Calcutta medical institutions reports 1879-81 [i.e.91]
Year: 1879
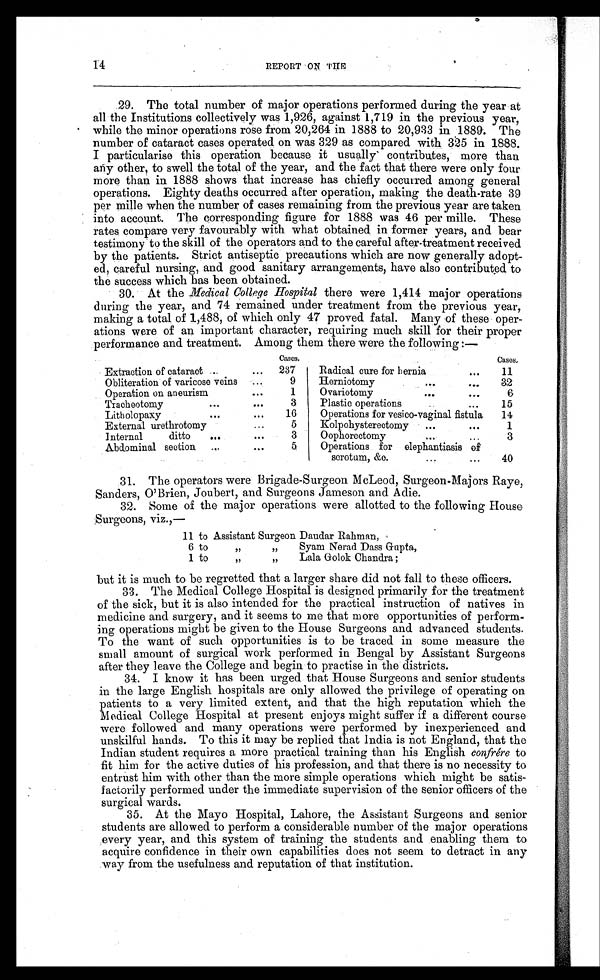
14
REPORT ON THE
29. The total number of major operations performed during the year at
all the Institutions collectively was 1,926, against 1,719 in the previous year,
while the minor operations rose from 20,264 in 1888 to 20,933 in 1889. The
number of cataract cases operated on was 329 as compared with 325 in 1888.
I particularise this operation because it usually contributes, more than
any other, to swell the total of the year, and the fact that there were only four
more than in 1888 shows that increase has chiefly occurred among general
operations. Eighty deaths occurred after operation, making the death-rate 39
per mille when the number of cases remaining from the previous year are taken
into account. The corresponding figure for 1888 was 46 per mille. These
rates compare very favourably with what obtained in former years, and bear
testimony to the skill of the operators and to the careful after-treatment received
by the patients. Strict antiseptic precautions which are now generally adopt-
ed, careful nursing, and good sanitary arrangements, have also contributed to
the success which has been obtained.
30. At the Medical College Hospital there were 1,414 major operations
during the year, and 74 remained under treatment from the previous year,
making a total of 1,488, of which only 47 proved fatal. Many of these oper-
ations were of an important character, requiring much skill for their proper
performance and treatment. Among them there were the following:—
Cases.
Cases.
Extraction of cataract ...
. . .
237
Radical cure for hernia
...
11
Obliteration of varicose veins
. . .
9
Herniotomy
..,
...
3 2
Operation on aneurism
...
1
Ovariotomy
. . .
...
6
Tracheotomy
. . .
...
3
Plastic operations
...
. . .
15
Litholopaxy
. . .
. . .
16
Operations for vesico-vaginal fistula
14
External urethrotomy
...
5
Kolpohysterectomy
...
...
1
Internal ditto
...
. . .
3
Oophorectomy
. . .
. . .
3
Abdominal section
...
. . .
5
Operations for elephantiasis of
scrotum, &c.
...
...
40
31. The operators were Brigade-Surgeon McLeod, Surgeon-Majors Raye,
Sanders, O'Brien, Joubert, and Surgeons Jameson and. Adie.
32. Some of the major operations were allotted to the following House
Surgeons, viz.,—
11 to Assistant Surgeon Daudar Rahman,
6 to
" "
Syam Nerad Dass Gupta,
1 to
" "
Lala Golok Chandra;
but it is much to be regretted that a larger share did not fall to these officers.
33. The Medical College Hospital is designed primarily for the treatment
of the sick, but it is also intended for the practical instruction of natives in
medicine and surgery, and it seems to me that more opportunities of perform-
ing operations might be given to the House Surgeons and advanced students.
To the want of such opportunities is to be traced in some measure the
small amount of surgical work performed in Bengal by Assistant Surgeons
after they leave the College and begin to practise in the districts.
34. I know it has been urged that House Surgeons and senior students
in the large English hospitals are only allowed the privilege of operating on
patients to a very limited extent, and that the high reputation which the
Medical College Hospital at present enjoys might suffer if a different course
were followed and many operations were performed by inexperienced and
unskilful hands. To this it may be replied that India is not England, that the
Indian student requires a more practical training than his English confrére to
fit him for the active duties of his profession, and that there is no necessity to
entrust him with other than the more simple operations which might be satis-
factorily performed under the immediate supervision of the senior officers of the
surgical wards.
35. At the Mayo Hospital, Lahore, the Assistant Surgeons and senior
students are allowed to perform a considerable number of the major operations
every year, and this system of training the students and enabling them to
acquire confidence in their own capabilities does not seem to detract in any
way from the usefulness and reputation of that institution.